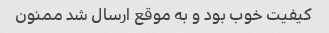
کیفیت خوب بود و به موقع ارسال شد ممنون